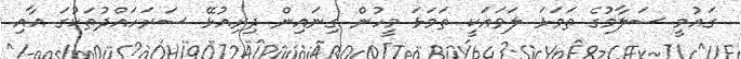
ގައުމީ ސަލާމުގެ ތަމަޅަ ލަވައަކީ ތަމަޅަ މީހުން ގިނައިން ދިރިއުޅޭ ސަރަހައްދުތަކުގަ އާއި